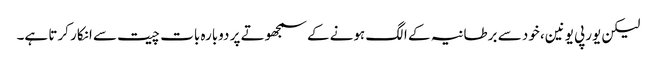
لیکن یورپی یونین، خود سے برطانیہ کے الگ ہونے کے سمجھوتے پر دوبارہ بات چیت سے انکار کرتا ہے۔